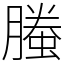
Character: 螣